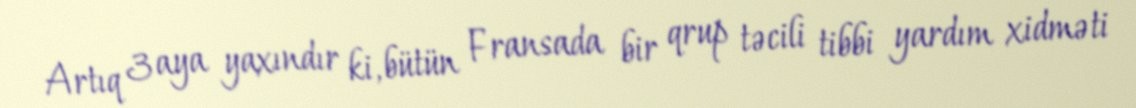
Artıq 3 aya yaxındır ki, bütün Fransada bir qrup təcili tibbi yardım xidməti